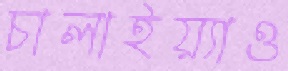
চালাইয়্যাও